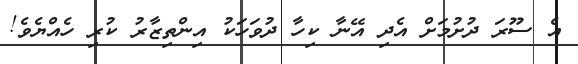
އެ ސޫރަ ދުށުމަށް އެދި އޭނާ ކިހާ ދުވަހަކު އިންތިޒާރު ކުރި ހެއްޔެވެ!